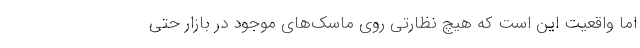
اما واقعیت این است که هیچ نظارتی روی ماسک‌های موجود در بازار حتی